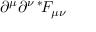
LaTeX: \partial ^ { \mu } \partial ^ { \nu \: * \! } F _ { \mu \nu }